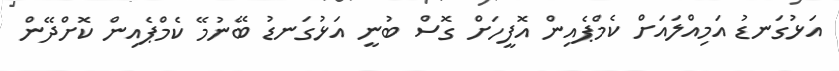
އަޅުގަނޑު އަމިއްލައަށް ކެމްޕެއިން އޮފީހަށް ގޮސް ބުނީ އަޅުގަނޑު ބޭނުމޭ ކެމްޕެއިން ކޮށްދޭން